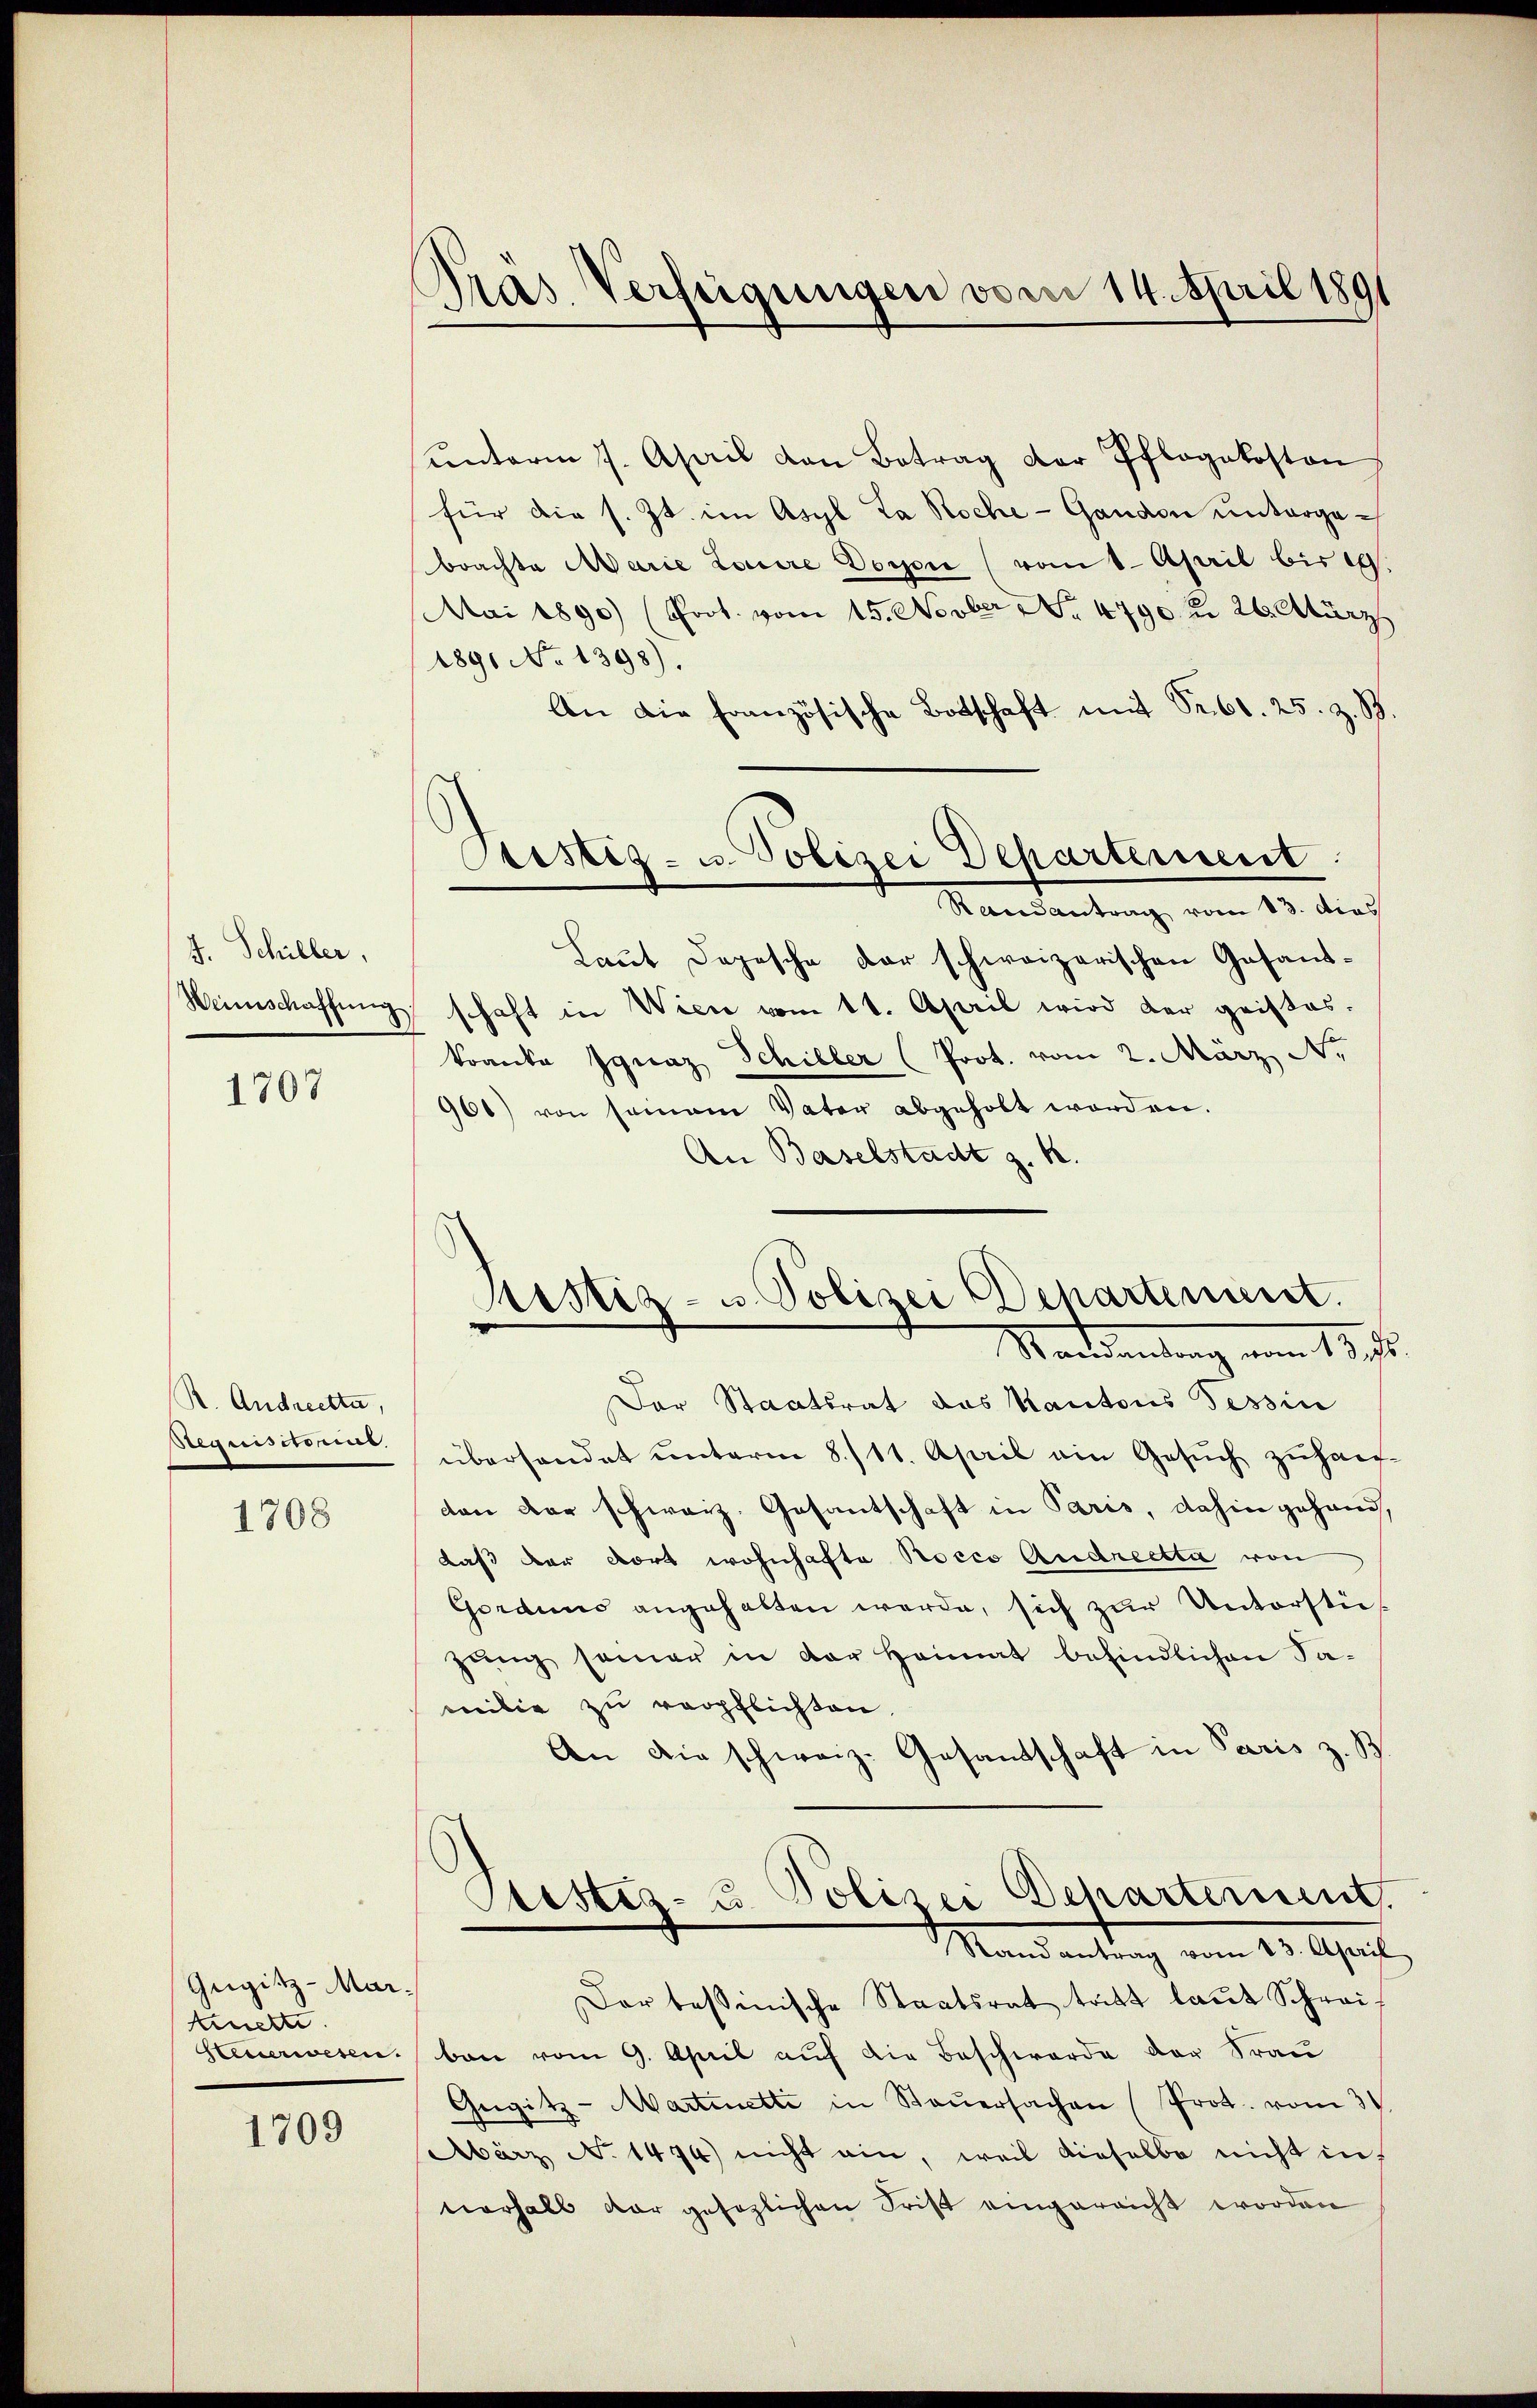
J. Schiller,

1707

R. Andrechte,
Requisitoris.

1708

Gegitz-Martierte.
steuerwesen.

1709

Gras Verfügungen vom 14. April 1891

Cristiz- u. Polizei Departement
Randantrag vom 13. dies

ŭnterm 7. April von Betrag der Pflegekosten
für die s. Zt. im Asyl La Roche - Gandon untergebrachte Marie Loire Doyon (vomt-April bis 19.
Mai 1890) (Prot. vom 15. Novber No 4790 n 26. März
1891 No 1398).
An die Französische Botschaft mit Sub. 25. z. B.
Laut Depesche der schweizerischen Gesand¬
Weinschaffung schaft in Wien vom 11. April wird der geistes.
kranka Ignaz Schiller (Prot. vom 2. März No
961) von seinem Vater abgeholt worden.
An Baselstadt z. K.
Der Staatsrat das Kantons Tessin
überhandet ŭnterm 8./11. April ain Gesŭch zŭhau-
don der schweiz. Gesantschaft in Paris, dahin gehand,
daß der dort wohnhafte Rocco Andrechte von
Gorduns angehalten werde, sich zur Unterstüzŭng seiner in der Heimat befindlichen Samilie zu verpflichten.
An die schweiz. Gesandtschaft in Paris z. B
Pustiz- u. Polizei Departement.
Mandantrag vom 15. April
Dar tessinische Staatsrat tritt laut Schreiben vom 9. April auf die Beschwerde der Frau
Gügitz- Martinetti in Steŭersachen (Prot. vom 31.
März No 1474) nicht ein, weil dieselbe nicht in
verhalb dar gesezlichen Frist eingereicht worden

Justiz- u Polizei Departement.
Sachsendung vom 18. d.